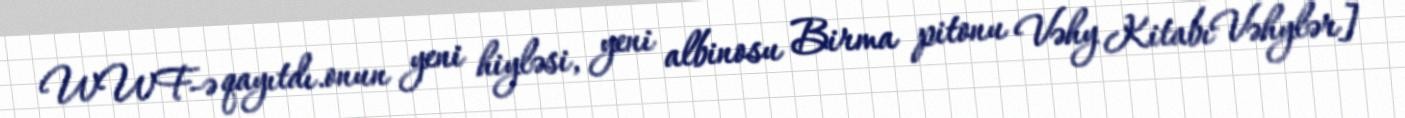
WWF-ə qayıtdı.onun yeni hiyləsi, yeni albinosu Birma pitonu Vəhy KitabıVəhylər]